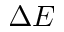
\Delta E